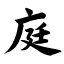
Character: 庭